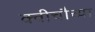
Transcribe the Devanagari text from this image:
क्वीचौच्या